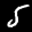
Label: 5